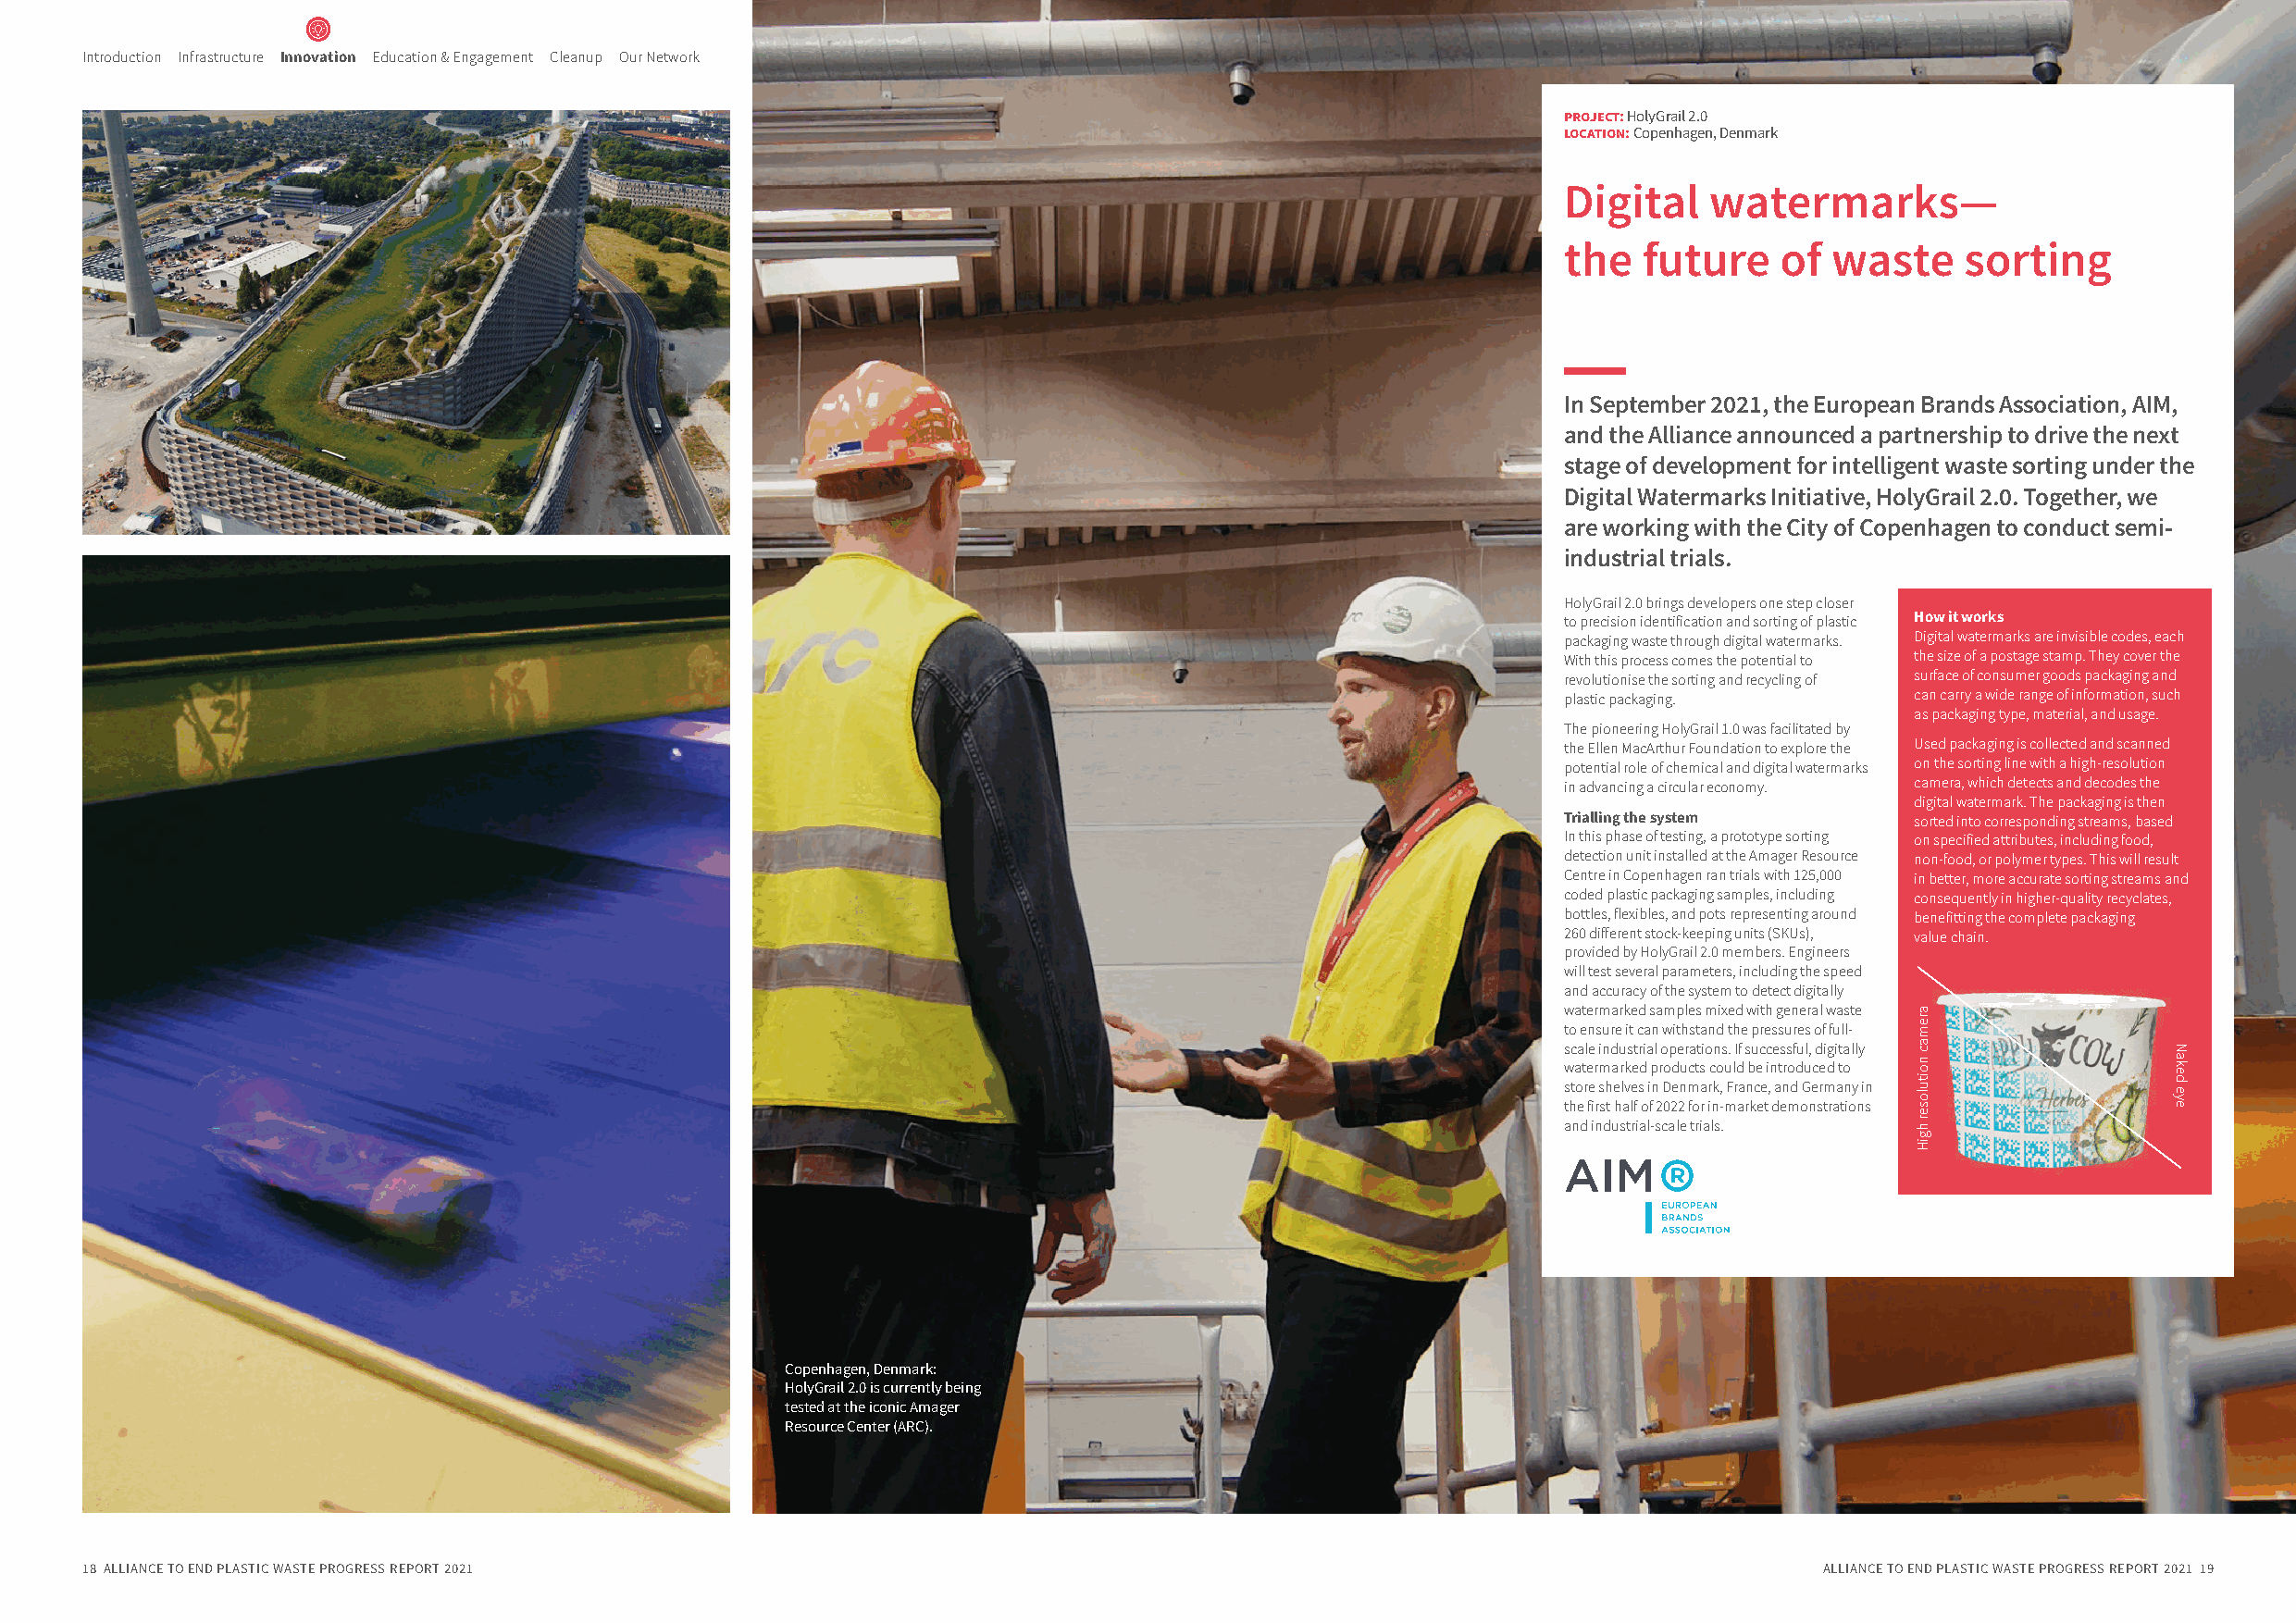
Introduction Infrastructure Innovation Education & Engagement Cleanup Our Network
 project: HolyGrail 2.0
 location: Copenhagen, Denmark
 Digital   watermarks—
 the  future    of  waste    sorting
 In September 2021, the European Brands Association, AIM,
 and the Alliance announced a partnership to drive the next
 stage of development for intelligent waste sorting under the
 Digital Watermarks Initiative, HolyGrail 2.0. Together, we
 are working with the City of Copenhagen to conduct semi-
 industrial trials.
 HolyGrail 2.0 brings developers one step closer
 to precision identification and sorting of plastic How it works
 packaging waste through digital watermarks. Digital watermarks are invisible codes, each
 With this process comes the potential to the size of a postage stamp. They cover the
 revolutionise the sorting and recycling of surface of consumer goods packaging and
 plastic packaging.       can carry a wide range of information, such
 as packaging type, material, and usage.
 The pioneering HolyGrail 1.0 was facilitated by
 the Ellen MacArthur Foundation to explore the Used packaging is collected and scanned
 potential role of chemical and digital watermarks on the sorting line with a high-resolution
 in advancing a circular economy. camera, which detects and decodes the
 digital watermark. The packaging is then
 Trialling the system     sorted into corresponding streams, based
 In this phase of testing, a prototype sorting on specified attributes, including food,
 detection unit installed at the Amager Resource non-food, or polymer types. This will result
 Centre in Copenhagen ran trials with 125,000 in better, more accurate sorting streams and
 coded plastic packaging samples, including consequently in higher-quality recyclates,
 bottles, flexibles, and pots representing around benefitting the complete packaging
 260 different stock-keeping units (SKUs), value chain.
 provided by HolyGrail 2.0 members. Engineers
 will test several parameters, including the speed
 and accuracy of the system to detect digitally
 watermarked samples mixed with general waste
 to ensure it can withstand the pressures of full-
 scale industrial operations. If successful, digitally
 watermarked products could be introduced to
 store shelves in Denmark, France, and Germany in
 the first half of 2022 for in-market demonstrations
 and industrial-scale trials.
 Copenhagen, Denmark:
 HolyGrail 2.0 is currently being
 tested at the iconic Amager
 Resource Center (ARC).
 18 ALLIANCE TO END PLASTIC WASTE PROGRESS REPORT 2021                                                                       ALLIANCE TO END PLASTIC WASTE PROGRESS REPORT 2021 19
 aremac
 noituloser
 hgiH
 Naked
 eye